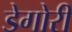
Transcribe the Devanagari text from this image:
डेगोरी